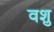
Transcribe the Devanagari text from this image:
वशु